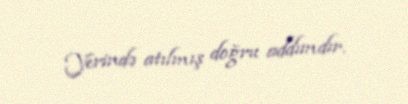
Yerində atılmış doğru addımdır.